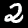
Label: 2